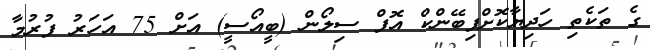
ގެ ތަކެތި ހަދިޔާކޮށްފިބޭންކް އޮފް ސިލޯން (ބީއޯސީ) އަށް 75 އަހަރު ފުރުމާ